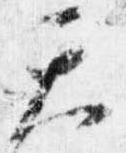
天